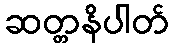
ဆတ္တနိပါတ်